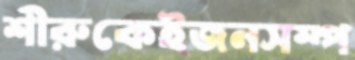
শীরুকেইজনসম্প